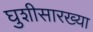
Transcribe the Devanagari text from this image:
घुशीसारख्या